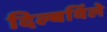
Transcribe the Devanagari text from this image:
दिल्बर्विले